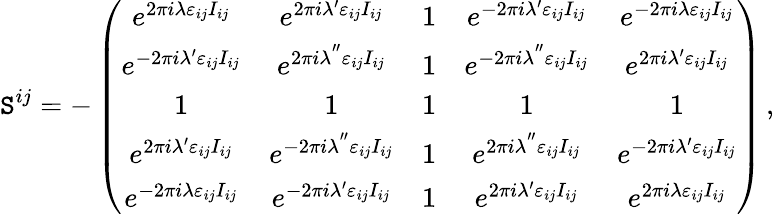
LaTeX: \mathtt{S}^{ij}=-\left(\begin{array}{ccccc}{{e^{2\pi i\lambda\varepsilon_{ij}I_{ij}}}}&{{e^{2\pi i\lambda^{\prime}\varepsilon_{ij}I_{ij}}}}&{{1}}&{{e^{-2\pi i\lambda^{\prime}\varepsilon_{ij}I_{ij}}}}&{{e^{-2\pi i\lambda\varepsilon_{ij}I_{ij}}}}\\ {{e^{-2\pi i\lambda^{\prime}\varepsilon_{ij}I_{ij}}}}&{{e^{2\pi i\lambda^{^{\prime\prime}}\varepsilon_{ij}I_{ij}}}}&{{1}}&{{e^{-2\pi i\lambda^{^{\prime\prime}}\varepsilon_{ij}I_{ij}}}}&{{e^{2\pi i\lambda^{\prime}\varepsilon_{ij}I_{ij}}}}\\ {{1}}&{{1}}&{{1}}&{{1}}&{{1}}\\ {{e^{2\pi i\lambda^{\prime}\varepsilon_{ij}I_{ij}}}}&{{e^{-2\pi i\lambda^{^{\prime\prime}}\varepsilon_{ij}I_{ij}}}}&{{1}}&{{e^{2\pi i\lambda^{^{\prime\prime}}\varepsilon_{ij}I_{ij}}}}&{{e^{-2\pi i\lambda^{\prime}\varepsilon_{ij}I_{ij}}}}\\ {{e^{-2\pi i\lambda\varepsilon_{ij}I_{ij}}}}&{{e^{-2\pi i\lambda^{\prime}\varepsilon_{ij}I_{ij}}}}&{{1}}&{{e^{2\pi i\lambda^{\prime}\varepsilon_{ij}I_{ij}}}}&{{e^{2\pi i\lambda\varepsilon_{ij}I_{ij}}}}\end{array}\right)\, ,